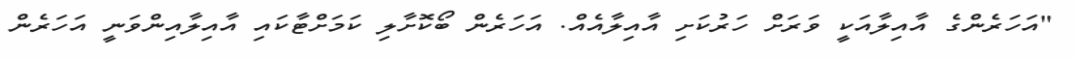
"އަހަރެންގެ އާއިލާއަކީ ވަރަށް ހަރުކަށި އާއިލާއެއް. އަހަރެން ބޯކޮށާލި ކަމަށްޓާކައި އާއިލާއިންވަނީ އަހަރެން